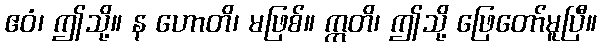
ဧဝံ၊ ဤသို့။ န ဟောတိ၊ မဖြစ်။ ဣတိ၊ ဤသို့ ဖြေတော်မူပြီ။